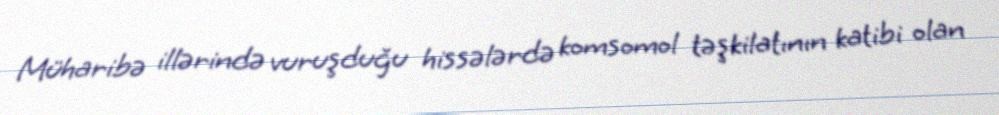
Müharibə illərində vuruşduğu hissələrdə komsomol təşkilatının katibi olan